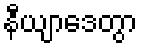
နီယျာဒေတွာ